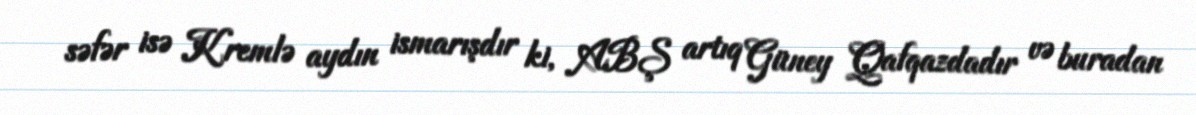
səfər isə Kremlə aydın ismarışdır ki, ABŞ artıq Güney Qafqazdadır və buradan